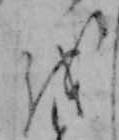
を